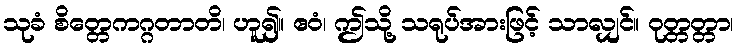
သုခံ စိတ္တေကဂ္ဂတာတိ၊ ဟူ၍။ ဧဝံ၊ ဤသို့ သရုပ်အားဖြင့် သာလျှင်။ ဝုတ္တတ္တာ၊